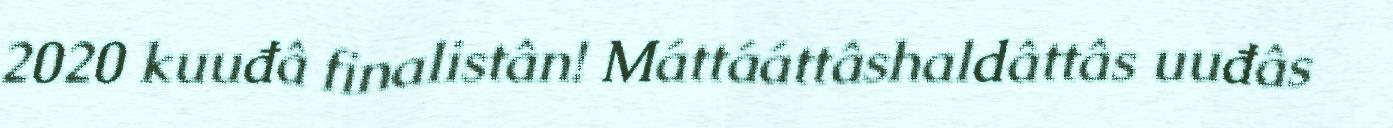
2020 kuuđâ finalistân! Máttááttâshaldâttâs uuđâs